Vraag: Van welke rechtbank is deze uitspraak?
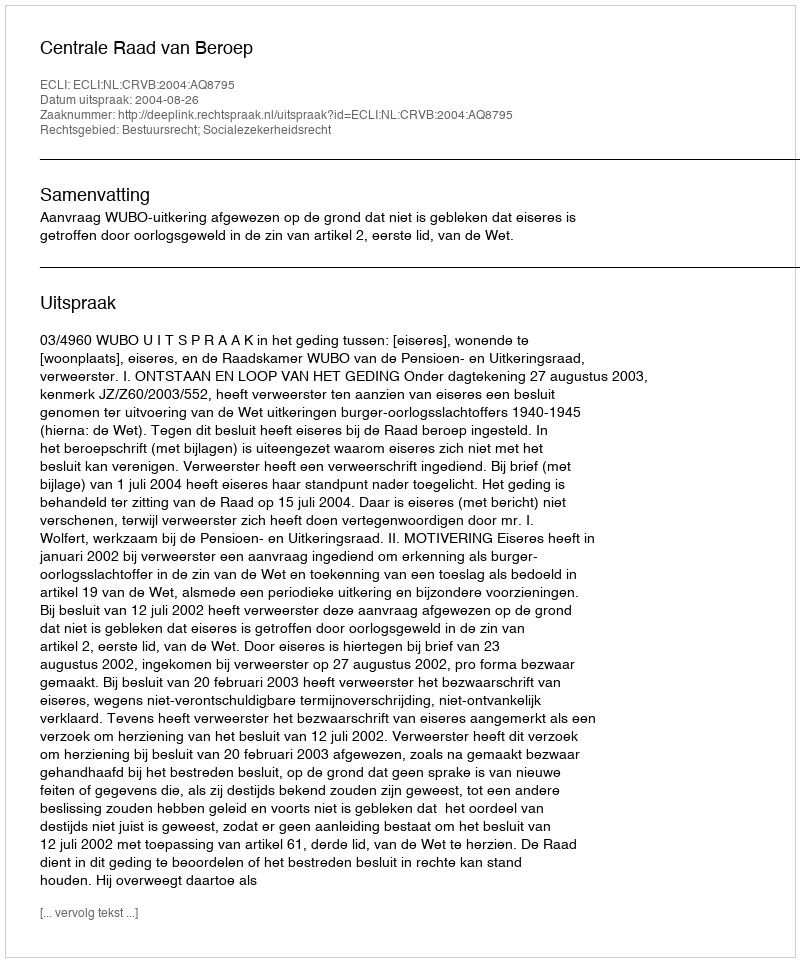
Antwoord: Centrale Raad van Beroep